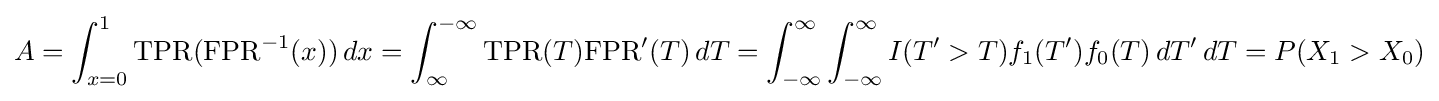
A=\int _{x=0}^{1}{\mbox{TPR}}({\mbox{FPR}}^{-1}(x))\,dx=\int _{\infty }^{-\infty }{\mbox{TPR}}(T){\mbox{FPR}}'(T)\,dT=\int _{-\infty }^{\infty }\int _{-\infty }^{\infty }I(T'>T)f_{1}(T')f_{0}(T)\,dT'\,dT=P(X_{1}>X_{0})